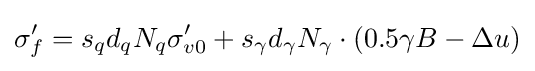
\sigma '_{f}=s_{q}d_{q}N_{q}\sigma '_{v0}+s_{\gamma }d_{\gamma }N_{\gamma }\cdot (0.5\gamma B-\Delta u)